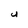
Character: U